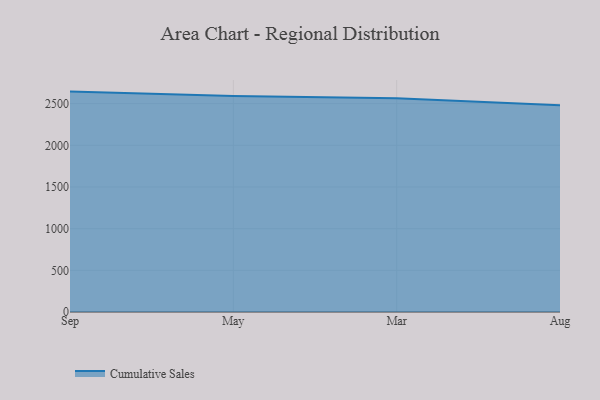
{"axis": {"x": "Month", "y": "Inventory Turnover"}, "legend": ["Cumulative Sales"], "data": [{"x": "Sep", "y": 2644.5, "type": "Cumulative Sales"}, {"x": "May", "y": 2592.6, "type": "Cumulative Sales"}, {"x": "Mar", "y": 2565.9, "type": "Cumulative Sales"}, {"x": "Aug", "y": 2479.8, "type": "Cumulative Sales"}]}